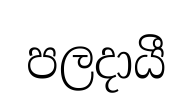
පලදායී